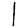
Digit: 1